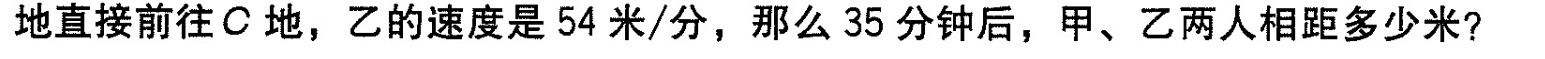
地直接前往C地，乙的速度是54米/分，那么35分钟后，甲、乙两人相距多少米?